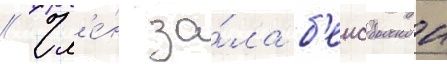
// Чл'е́н за́ла б'еисбольнои